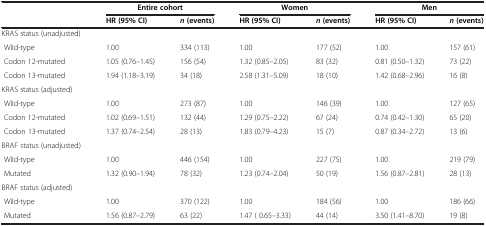
| <ROWSPAN=2>  | Entire cohort |  | Women |  | Men |  |
 | HR (95% CI) | n (events) | HR (95% CI) | n (events) | HR (95% CI) | n (events) |
 | --- | --- | --- | --- | --- | --- | --- |
 | KRAS status (unadjusted) |  |  |  |  |  |  |
 | Wild-type | 1.00 | 334 (113) | 1.00 | 177 (52) | 1.00 | 157 (61) |
 | Codon 12-mutated | 1.05 (0.76–1.45) | 156 (54) | 1.32 (0.85–2.05) | 83 (32) | 0.81 (0.50–1.32) | 73 (22) |
 | Codon 13-mutated | 1.94 (1.18–3.19) | 34 (18) | 2.58 (1.31–5.09) | 18 (10) | 1.42 (0.68–2.96) | 16 (8) |
 | KRAS status (adjusted) |  |  |  |  |  |  |
 | Wild-type | 1.00 | 273 (87) | 1.00 | 146 (39) | 1.00 | 127 (65) |
 | Codon 12-mutated | 1.02 (0.69–1.51) | 132 (44) | 1.29 (0.75–2.22) | 67 (24) | 0.74 (0.42–1.30) | 65 (20) |
 | Codon 13-mutated | 1.37 (0.74–2.54) | 28 (13) | 1.83 (0.79–4.23) | 15 (7) | 0.87 (0.34–2.72) | 13 (6) |
 | BRAF status (unadjusted) |  |  |  |  |  |  |
 | Wild-type | 1.00 | 446 (154) | 1.00 | 227 (75) | 1.00 | 219 (79) |
 | Mutated | 1.32 (0.90–1.94) | 78 (32) | 1.23 (0.74–2.04) | 50 (19) | 1.56 (0.87–2.81) | 28 (13) |
 | BRAF status (adjusted) |  |  |  |  |  |  |
 | Wild-type | 1.00 | 370 (122) | 1.00 | 184 (56) | 1.00 | 186 (66) |
 | Mutated | 1.56 (0.87–2.79) | 63 (22) | 1.47 ( 0.65–3.33) | 44 (14) | 3.50 (1.41–8.70) | 19 (8) |